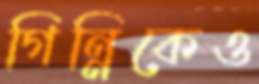
গিন্নিকেও